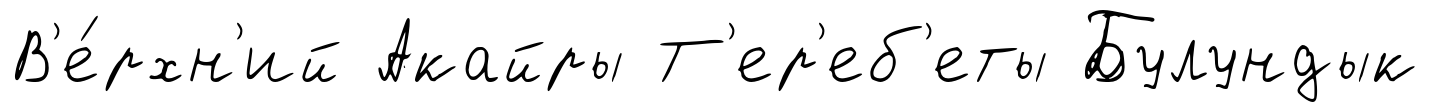
В'е́рхн'ий Акайры Т'ер'еб'еты Булундык